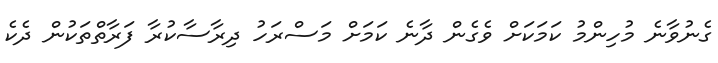
ގެނުވާނެ މުހިންމު ކަމަކަށް ވެގެން ދާނެ ކަމަށް މަސްރަހު ދިރާސާކުރާ ފަރާތްތަކުން ދެކެ